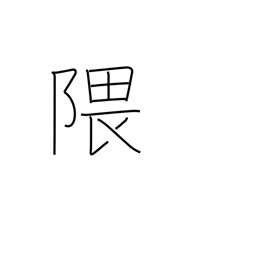
Meaning: recess